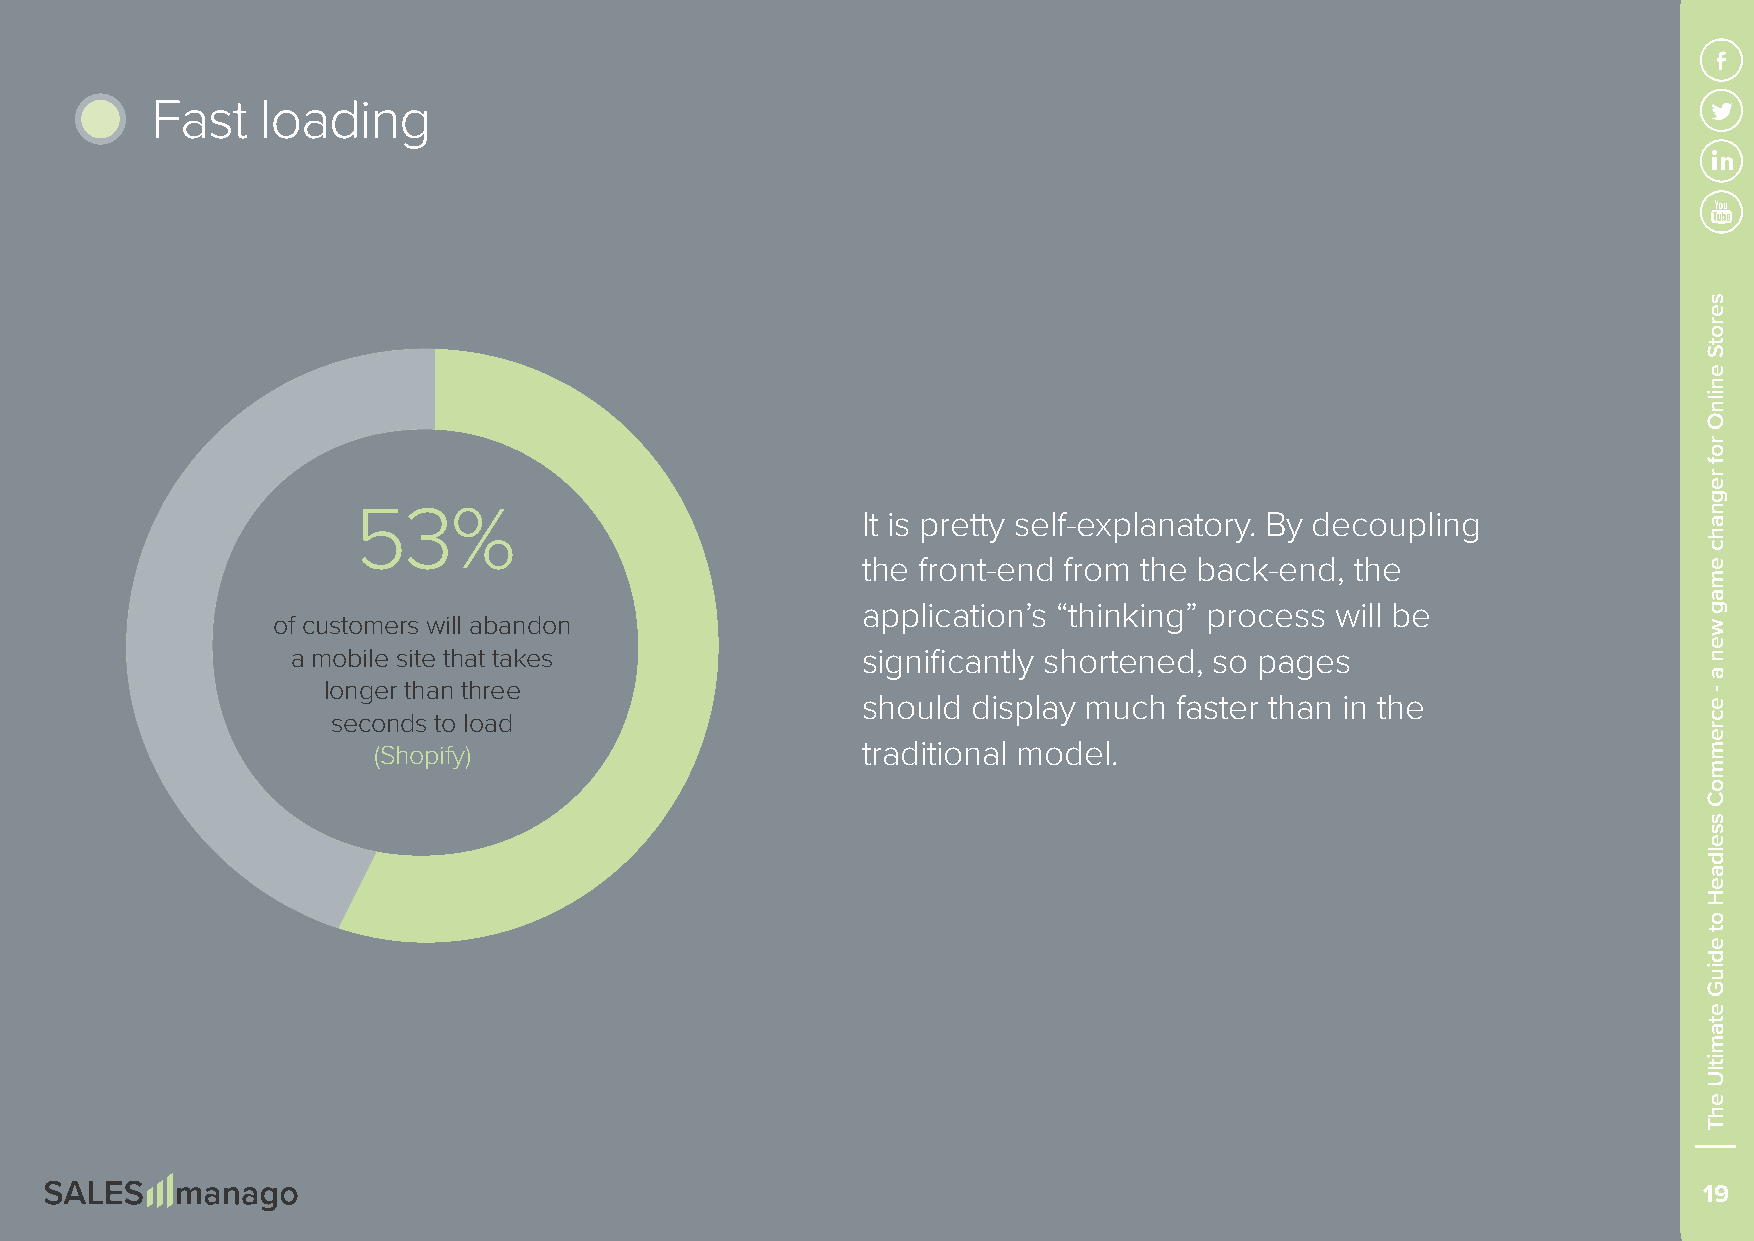
Fast   loading
 53%                               It is pretty self-explanatory. By decoupling
 the front-end from the back-end, the
 application’s “thinking” process will be
 of customers will abandon
 a mobile site that takes              significantly shortened, so pages
 longer than three
 should display much  faster than in the
 seconds to load
 (Shopify)                       traditional model.
 19
 serotS
 enilnO
 rof
 regnahc
 emag
 wen
 a
 -
 ecremmoC
 sseldaeH
 ot
 ediuG
 etamitlU
 ehT